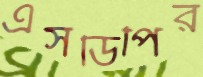
এসডিপির